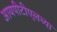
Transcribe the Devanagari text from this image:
आयपीटीएलच्या